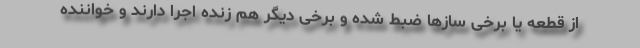
از قطعه یا برخی سازها ضبط شده و برخی دیگر هم زنده اجرا دارند و خواننده